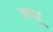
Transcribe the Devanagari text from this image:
तापवू